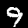
Digit: 9